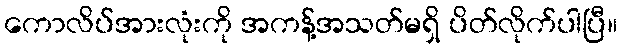
ကောလိပ်အားလုံးကို အကန့်အသတ်မရှိ ပိတ်လိုက်ပါပြီ။